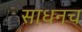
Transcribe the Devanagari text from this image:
साधनच